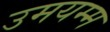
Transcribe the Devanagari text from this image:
उमयम्म